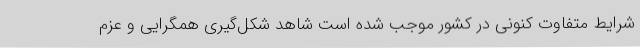
شرایط متفاوت کنونی در کشور موجب شده است شاهد شکل‌گیری همگرایی و عزم